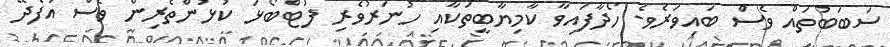
ސަބަބުތައް ވެސް ބައިވަރެވެ. ހޯދާފައިވާ ކާމިޔާބީތަކާއި ހުނަރުވެރި ފުޓްބޯޅަ ކުޅުންތެރިން ވެސް އުފެދޭ